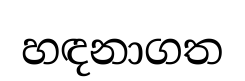
හඳනාගත